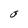
Character: O